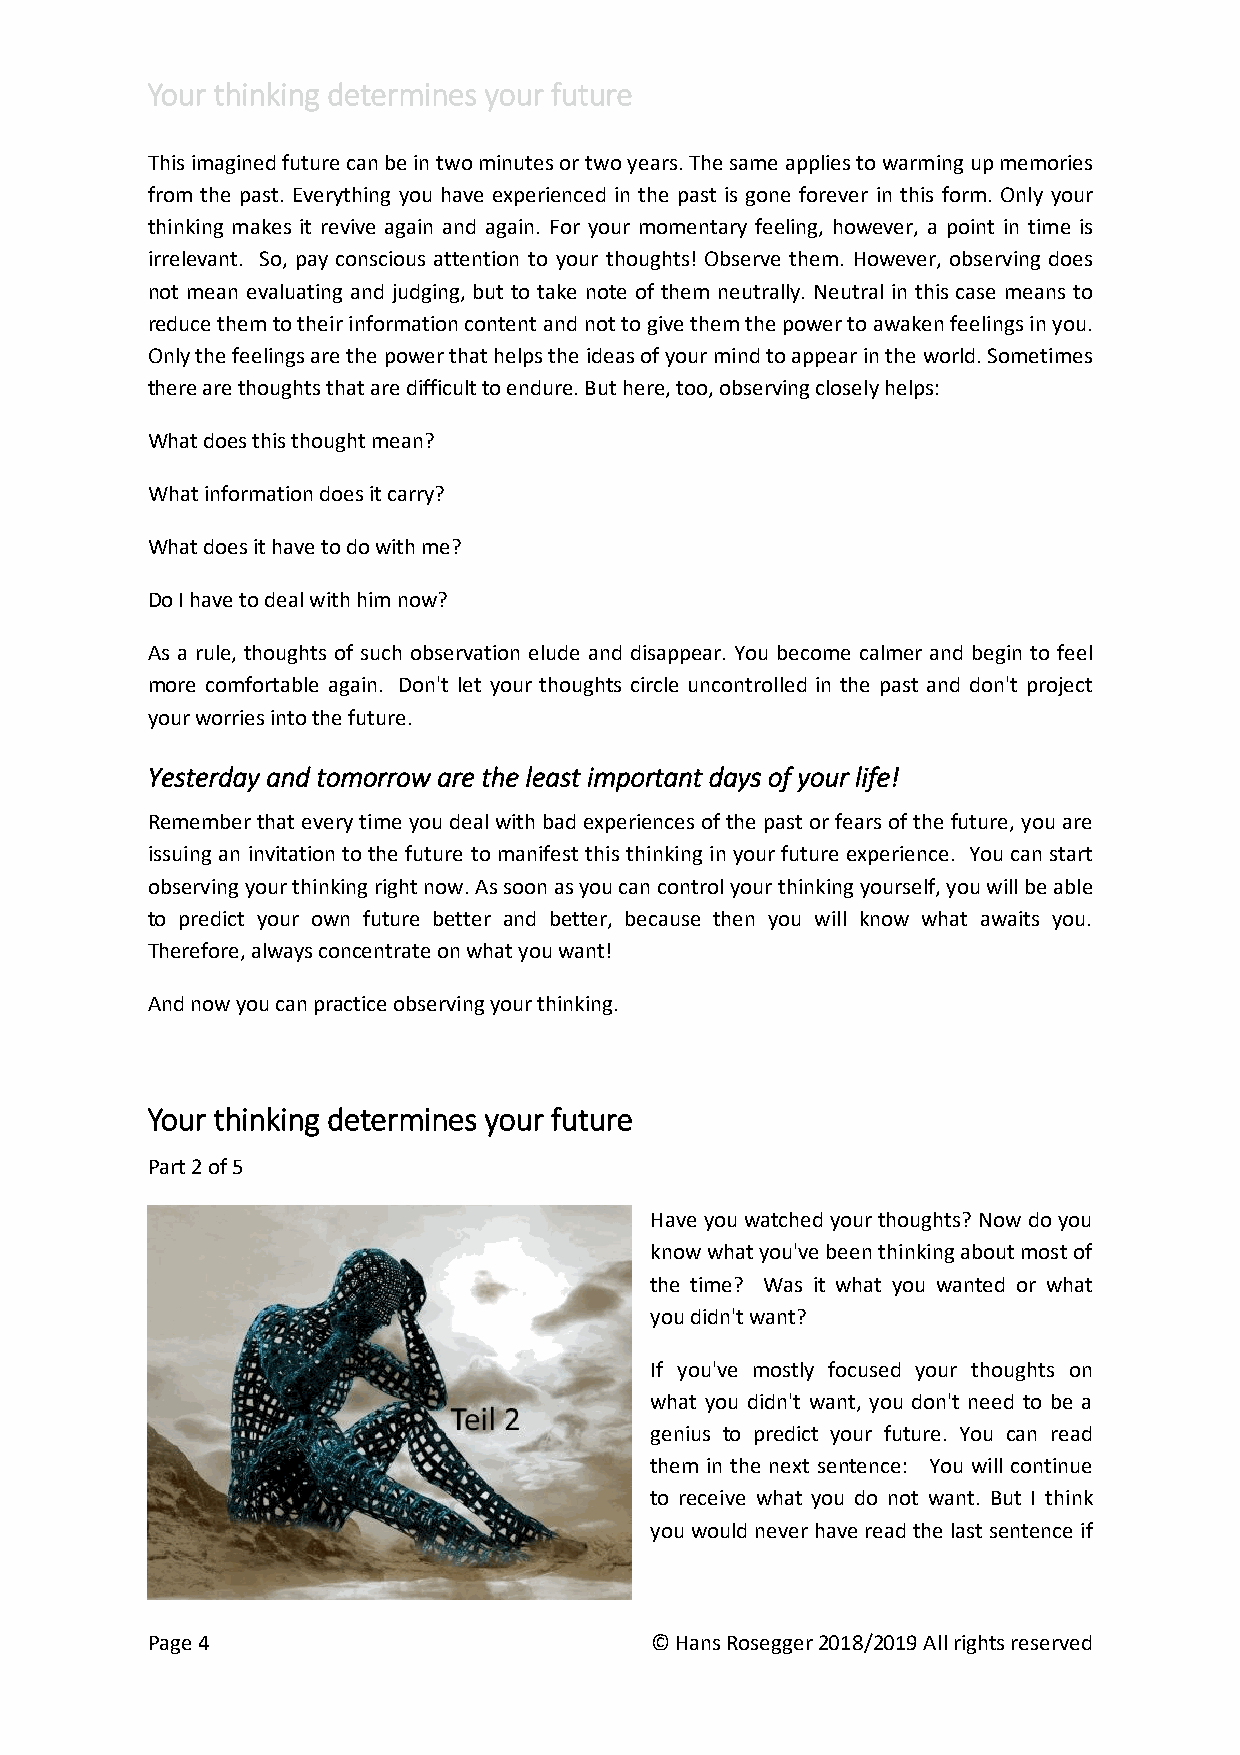
Your thinking determines your future
 This imagined future can be in two minutes or two years. The same applies to warming up memories
 from the past. Everything you have experienced in the past is gone forever in this form. Only your
 thinking makes it revive again and again. For your momentary feeling, however, a point in time is
 irrelevant. So, pay conscious attention to your thoughts! Observe them. However, observing does
 not mean evaluating and judging, but to take note of them neutrally. Neutral in this case means to
 reduce them to their information content and not to give them the power to awaken feelings in you.
 Only the feelings are the power that helps the ideas of your mind to appear in the world. Sometimes
 there are thoughts that are difficult to endure. But here, too, observing closely helps:
 What does this thought mean?
 What information does it carry?
 What does it have to do with me?
 Do I have to deal with him now?
 As a rule, thoughts of such observation elude and disappear. You become calmer and begin to feel
 more comfortable again. Don't let your thoughts circle uncontrolled in the past and don't project
 your worries into the future.
 Yesterday and tomorrow are the least important days of your life!
 Remember that every time you deal with bad experiences of the past or fears of the future, you are
 issuing an invitation to the future to manifest this thinking in your future experience. You can start
 observing your thinking right now. As soon as you can control your thinking yourself, you will be able
 to predict your own future better and better, because then you will know what awaits you.
 Therefore, always concentrate on what you want!
 And now you can practice observing your thinking.
 Your thinking determines your future
 Part 2 of 5
 Have you watched your thoughts? Now do you
 know what you've been thinking about most of
 the time? Was it what you wanted or what
 you didn't want?
 If you've mostly focused your thoughts on
 what you didn't want, you don't need to be a
 genius to predict your future. You can read
 them in the next sentence: You will continue
 to receive what you do not want. But I think
 you would never have read the last sentence if
 Page 4                           © Hans Rosegger 2018/2019 All rights reserved